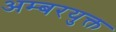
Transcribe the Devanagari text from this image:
अम्बरयुक्त